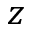
z